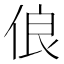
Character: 俍